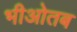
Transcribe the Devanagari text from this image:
भीओतब